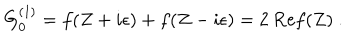
G _ { 0 } ^ { ( 1 ) } = f ( Z + i \epsilon ) + f ( Z - i \epsilon ) = 2 ~ \mathrm { R e } f ( Z ) ~ .